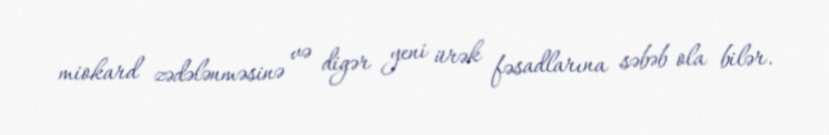
miokard zədələnməsinə və digər yeni ürək fəsadlarına səbəb ola bilər.